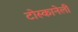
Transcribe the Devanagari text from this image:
टोस्कानेली